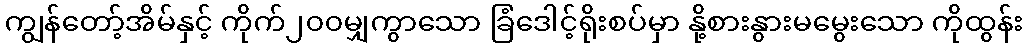
ကျွန်တော့်အိမ်နှင့် ကိုက်၂၀၀မျှကွာသော ခြံဒေါင့်ရိုးစပ်မှာ နို့စားနွားမမွေးသော ကိုထွန်း